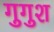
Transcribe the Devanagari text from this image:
गुगुश